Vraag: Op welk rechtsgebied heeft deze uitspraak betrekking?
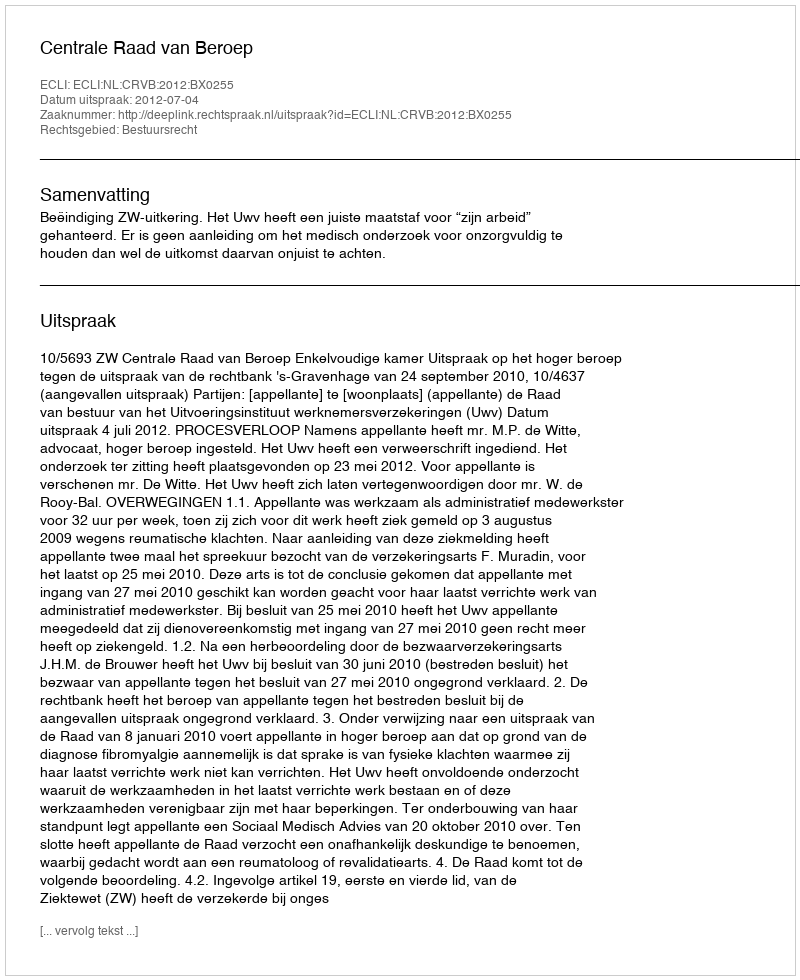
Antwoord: Bestuursrecht